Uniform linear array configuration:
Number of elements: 48
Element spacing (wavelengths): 1
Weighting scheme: exponential
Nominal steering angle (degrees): -60
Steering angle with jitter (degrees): -61.942
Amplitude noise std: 0.05
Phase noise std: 0.05

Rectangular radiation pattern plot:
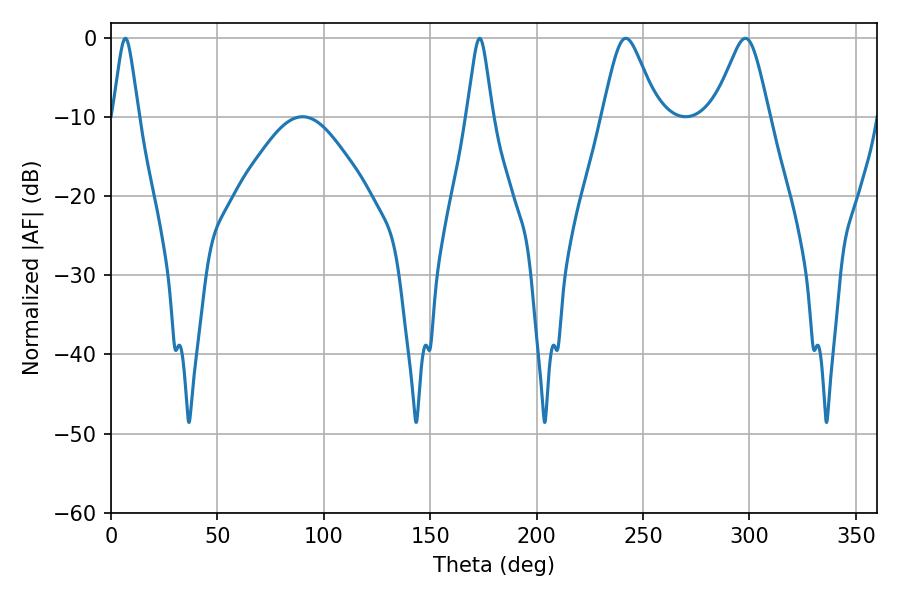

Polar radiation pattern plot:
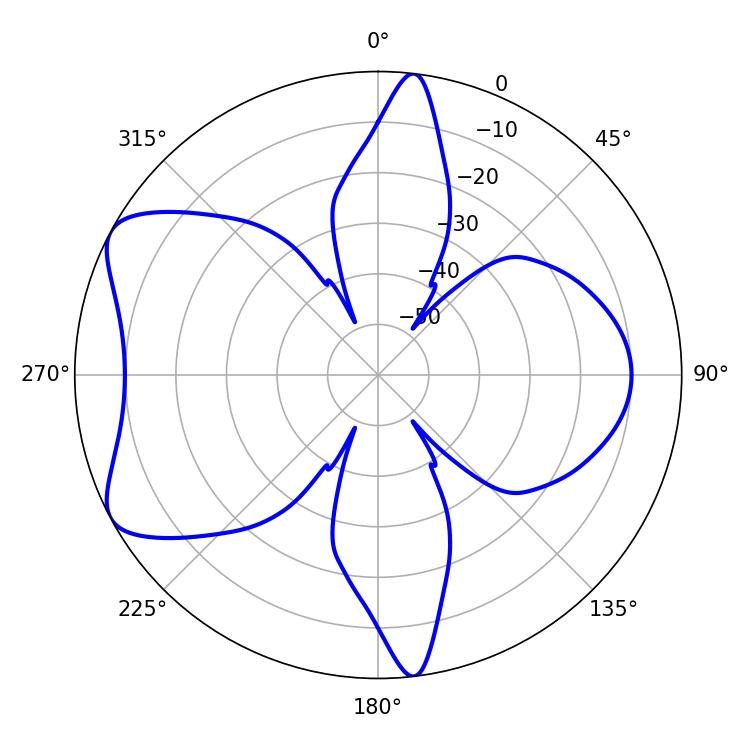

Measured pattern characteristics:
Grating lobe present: TRUE
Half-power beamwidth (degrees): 12.42
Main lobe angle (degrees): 241.92